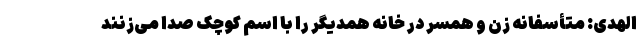
الهدی: متأسفانه زن و همسر در خانه همدیگر را با اسم کوچک صدا می‌زنند